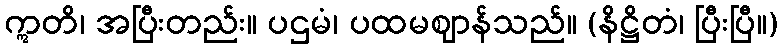
ဣတိ၊ အပြီးတည်း။ ပဌမံ၊ ပထမဈာန်သည်။ (နိဋ္ဌိတံ၊ ပြီးပြီ။)